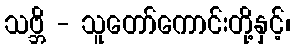
သဗ္ဘိ - သူတော်ကောင်းတို့နှင့်၊